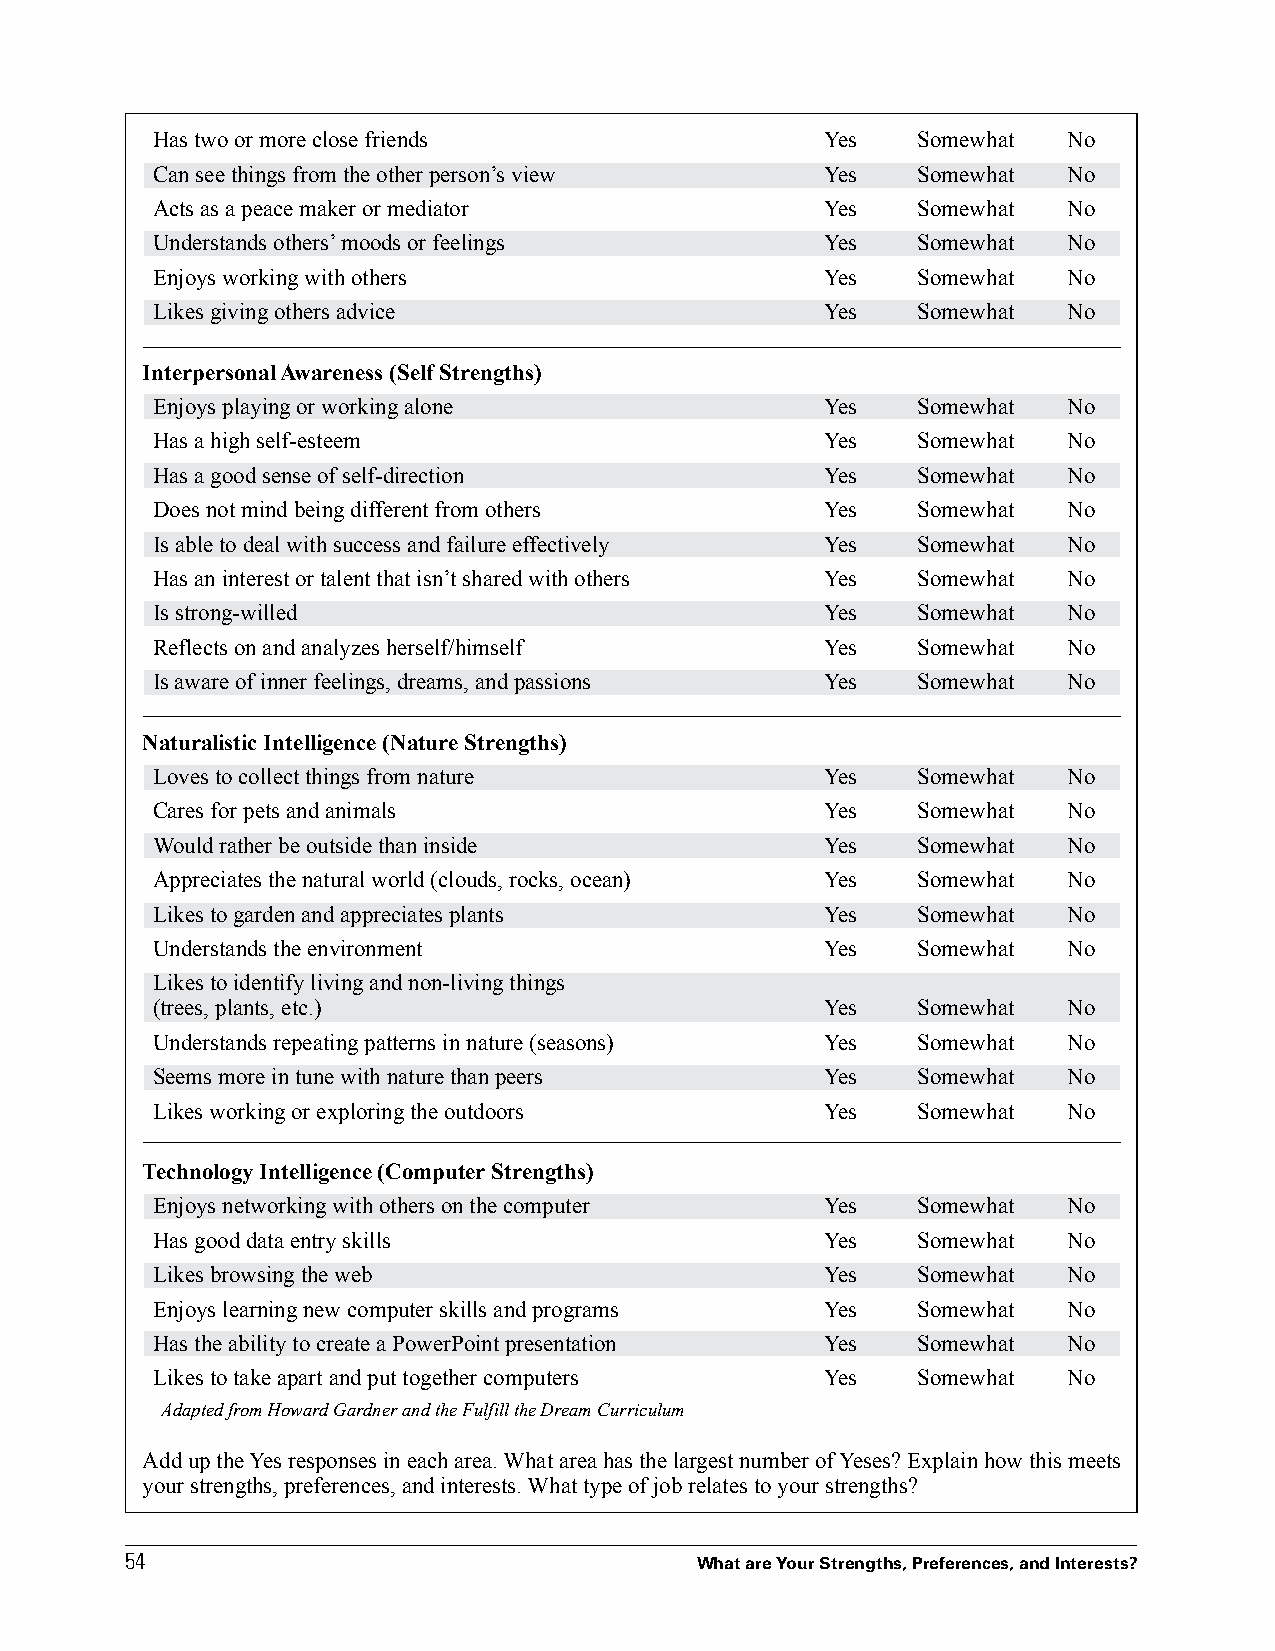
Has two or more close friends                Yes   Somewhat  No
 Can see things from the other person’s view  Yes   Somewhat  No
 Acts as a peace maker or mediator            Yes   Somewhat  No
 Understands others’ moods or feelings        Yes   Somewhat  No
 Enjoys working with others                   Yes   Somewhat  No
 Likes giving others advice                   Yes   Somewhat  No
 Interpersonal Awareness (Self Strengths)
 Enjoys playing or working alone              Yes   Somewhat  No
 Has a high self-esteem                       Yes   Somewhat  No
 Has a good sense of self-direction           Yes   Somewhat  No
 Does not mind being different from others    Yes   Somewhat  No
 Is able to deal with success and failure effectively Yes Somewhat No
 Has an interest or talent that isn’t shared with others Yes Somewhat No
 Is strong-willed                             Yes   Somewhat  No
 Reflects on and analyzes herself/himself     Yes   Somewhat  No
 Is aware of inner feelings, dreams, and passions Yes Somewhat No
 Naturalistic Intelligence (Nature Strengths)
 Loves to collect things from nature          Yes   Somewhat  No
 Cares for pets and animals                   Yes   Somewhat  No
 Would rather be outside than inside          Yes   Somewhat  No
 Appreciates the natural world (clouds, rocks, ocean) Yes Somewhat No
 Likes to garden and appreciates plants       Yes   Somewhat  No
 Understands the environment                  Yes   Somewhat  No
 Likes to identify living and non-living things
 (trees, plants, etc.)                        Yes   Somewhat  No
 Understands repeating patterns in nature (seasons) Yes Somewhat No
 Seems more in tune with nature than peers    Yes   Somewhat  No
 Likes working or exploring the outdoors      Yes   Somewhat  No
 Technology Intelligence (Computer Strengths)
 Enjoys networking with others on the computer Yes  Somewhat  No
 Has good data entry skills                   Yes   Somewhat  No
 Likes browsing the web                       Yes   Somewhat  No
 Enjoys learning new computer skills and programs Yes Somewhat No
 Has the ability to create a PowerPoint presentation Yes Somewhat No
 Likes to take apart and put together computers Yes Somewhat  No
 Adapted from Howard Gardner and the Fulfill the Dream Curriculum
 Add up the Yes responses in each area. What area has the largest number of Yeses? Explain how this meets
 your strengths, preferences, and interests. What type of job relates to your strengths?
 5544
 What are Your Strengths, Preferences, and Interests?